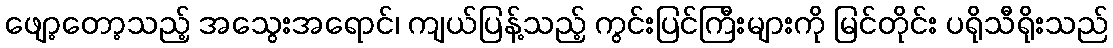
ဖျော့တော့သည့် အသွေးအရောင်၊ ကျယ်ပြန့်သည့် ကွင်းပြင်ကြီးများကို မြင်တိုင်း ပရိုသီရိုးသည်